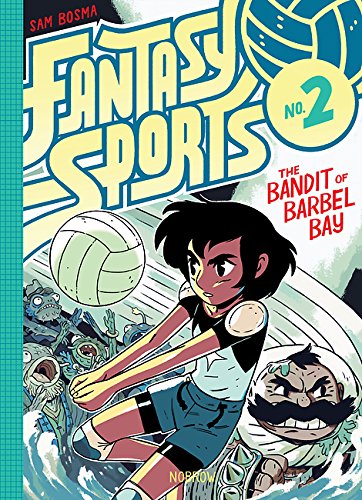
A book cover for Fantasy Sports 2: The Bandit of Barbel Bay; Comics & Graphic Novels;